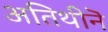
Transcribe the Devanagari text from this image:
अतिथीनॆ